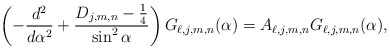
\begin{align*}\left( -\frac{d^{2}}{d\alpha ^{2}}+\frac{D_{j,m,n}-\frac{1}{4}}{\sin ^{2}\alpha }\right) G_{\ell,j,m,n} (\alpha )=A_{\ell,j,m,n} G_{\ell,j,m,n} (\alpha ), \end{align*}